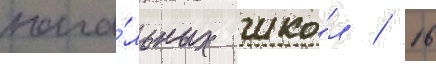
нача́льных шко́л / 16